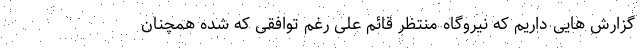
گزارش هایی داریم که نیروگاه منتظر قائم علی رغم توافقی که شده همچنان